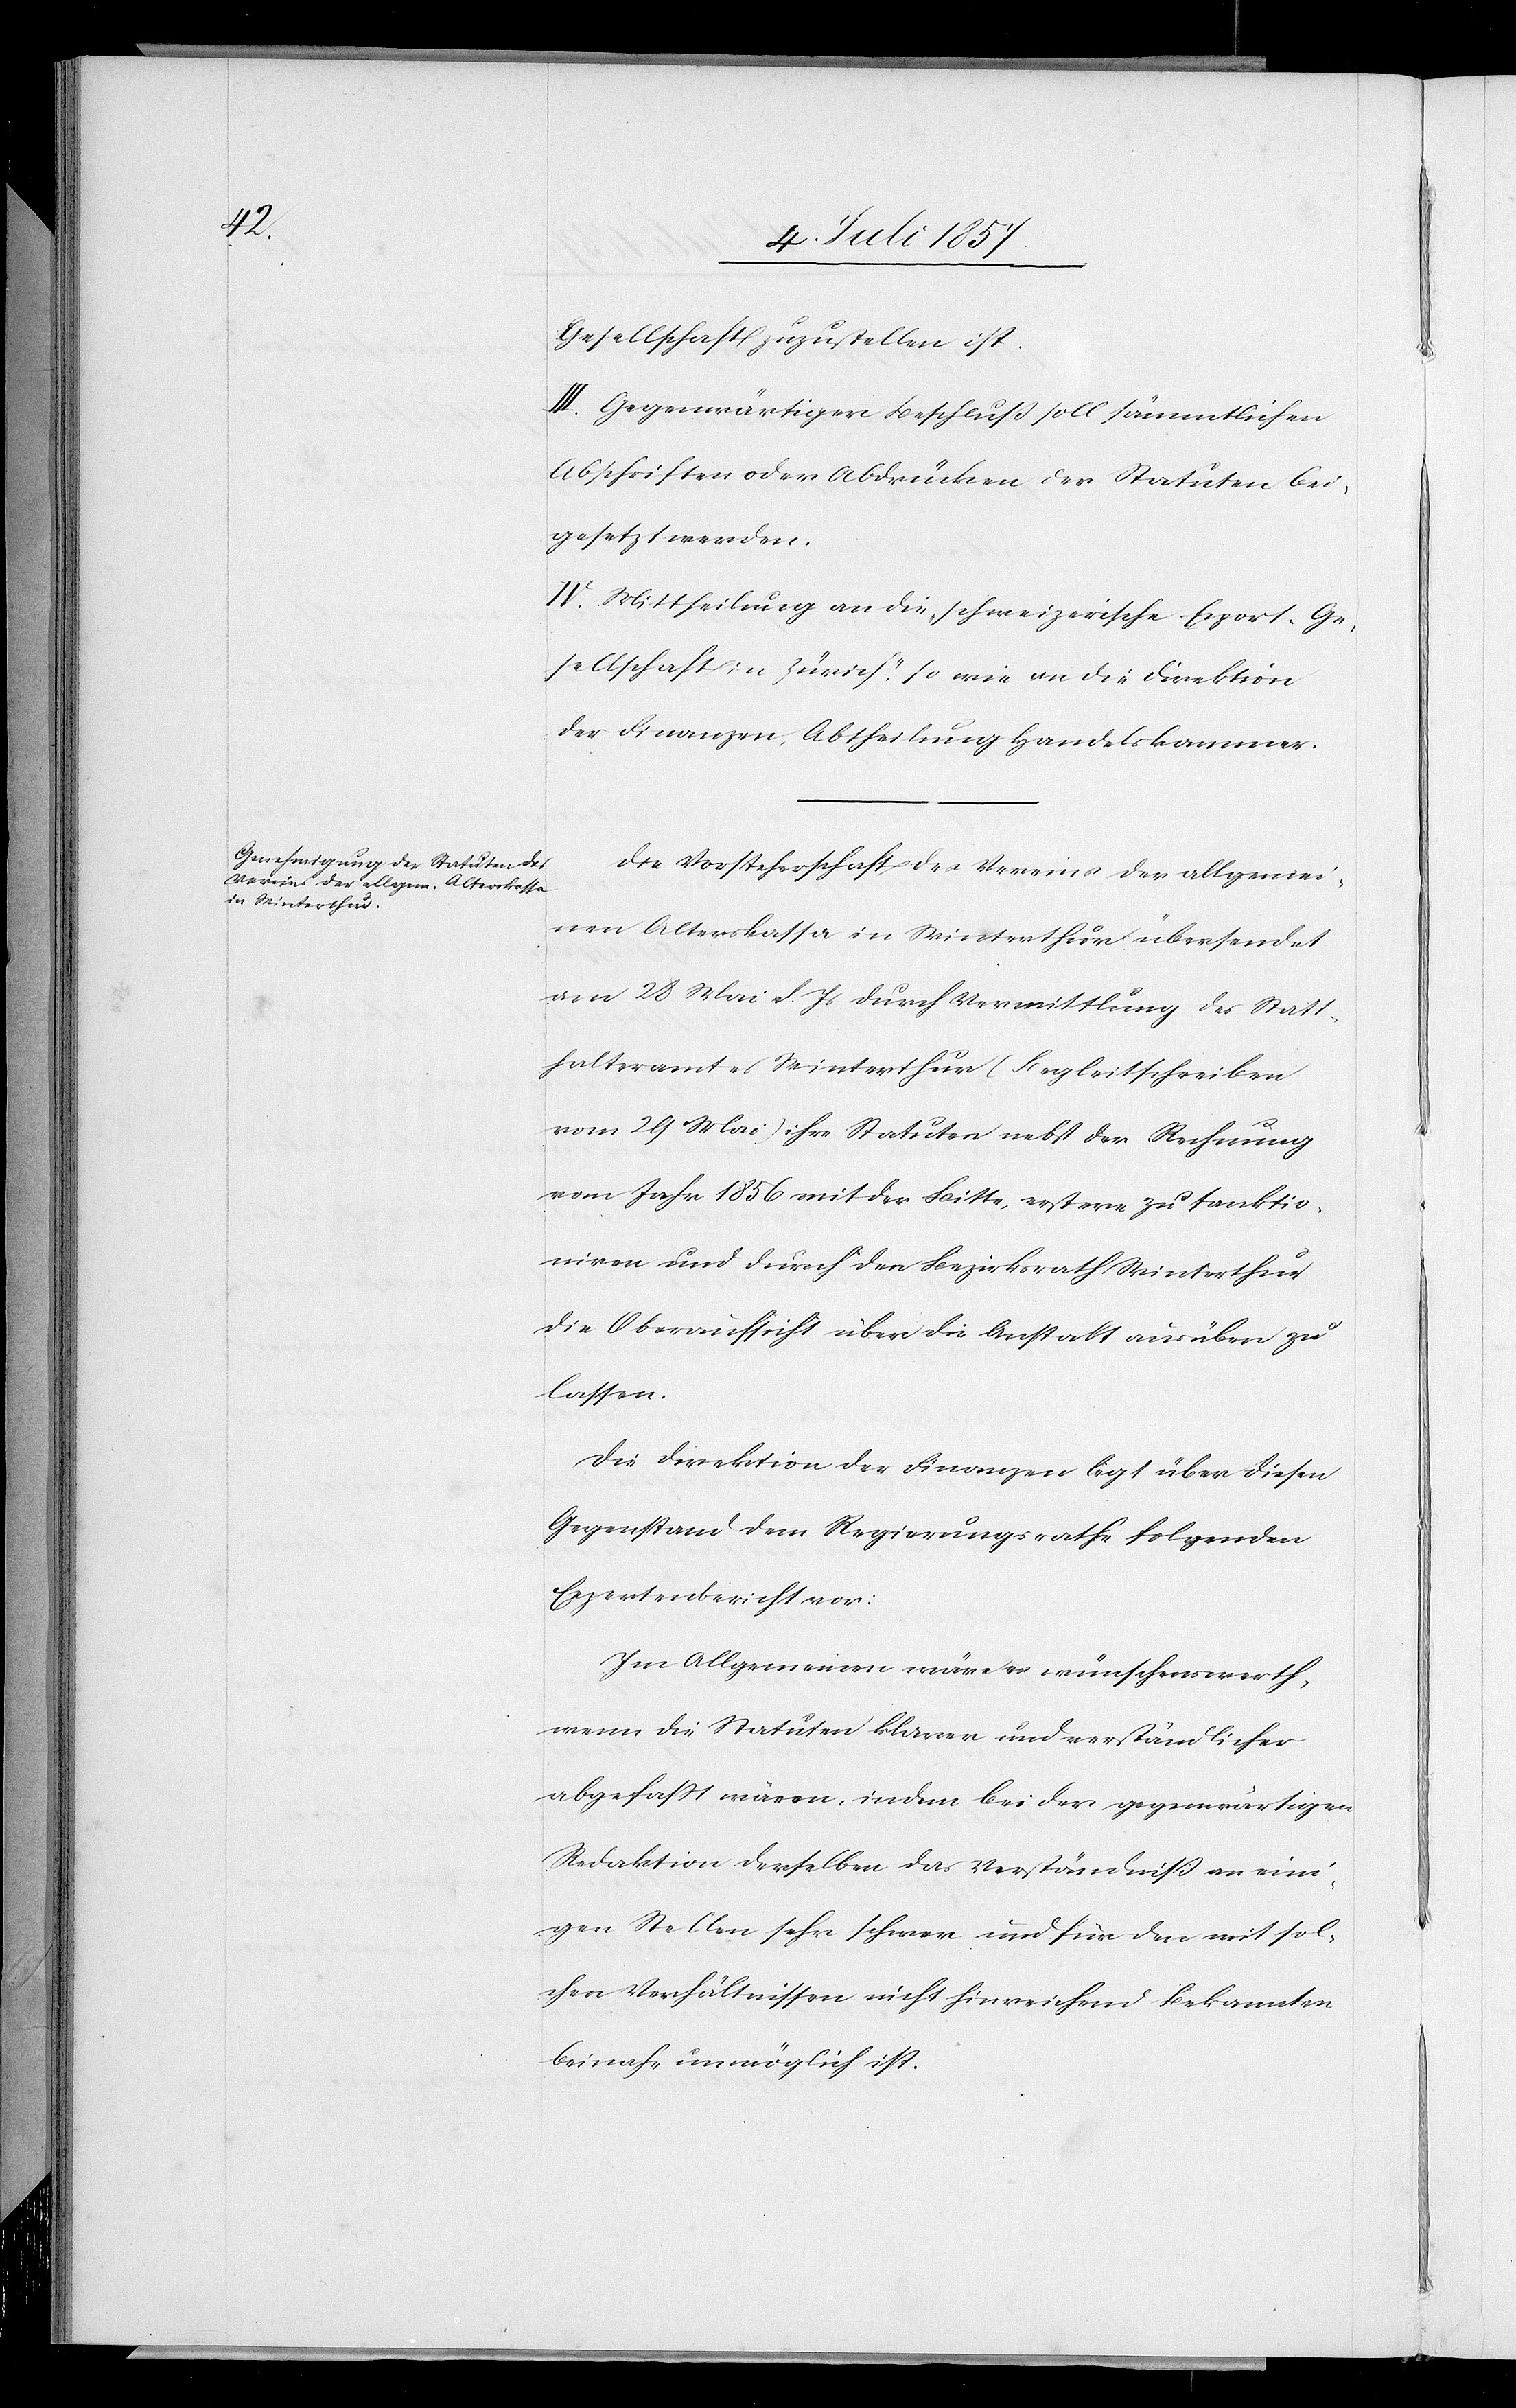
Gesellschaft zuzustellen ist.
III. Gegenwärtiger Beschluß soll sämmtlichen
Abschriften oder Abdrücken der Statuten bei¬
gesetzt werden.
IV. Mittheilung an die schweizerische Export-Ge¬
sellschaft in Zürich, sowie an die Direktion
der Finanzen, Abtheilung Handelskammer.
Die Vorsteherschaft des Vereines der allgemei¬
nen Alterskassa in Winterthur übersendet
von 28 Mai d. Js. durch Vermittlung des Statt¬
halteramtes Winterthur (Begleitschreiben
vom 29 Mai) ihre Statuten nebst der Rechnung
vom Jahr 1856 mit der Bitte, erstere zu sanktio¬
niren und durch den Bezirksrath Winterthur
die Oberaufsicht über die Anstalt ausüben zu
lassen.
Die Direktion der Finanzen legt über diesen
Gegenstand dem Regierungsrathe folgenden
Expropriationsbericht vor:
Im Allgemeinen wäre es wünschenswerth,
wenn die Statuten klarer und verständlicher
abgefaßt wären, indem bei der gegenwärtigen
Redaktion derselben das Verständniß an eini¬
gen Stellen sehr schwer und für den mit sol¬
chen Verhältnissen nicht hinreichend Bekannten
beinahe unmöglich ist.